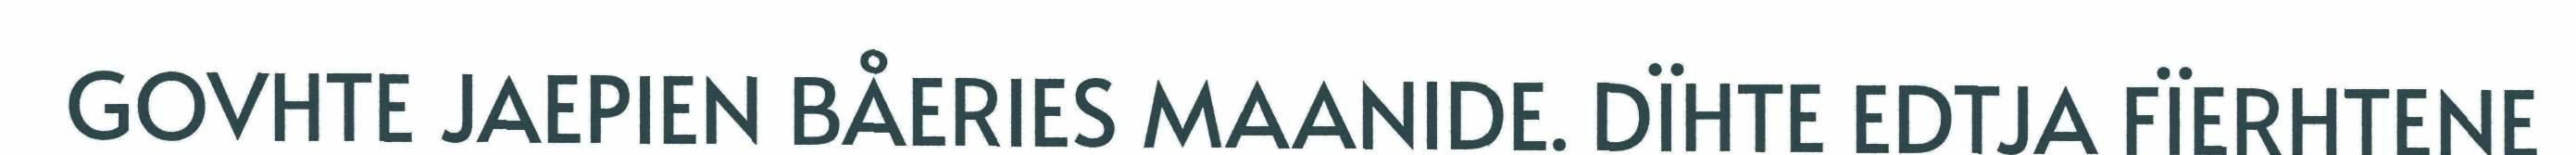
GOVHTE JAEPIEN BÅERIES MAANIDE. DÏHTE EDTJA FÏERHTENE